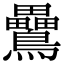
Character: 䴎